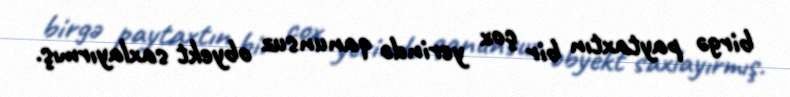
birgə paytaxtın bir çox yerində qanunsuz obyekt saxlayırmış.